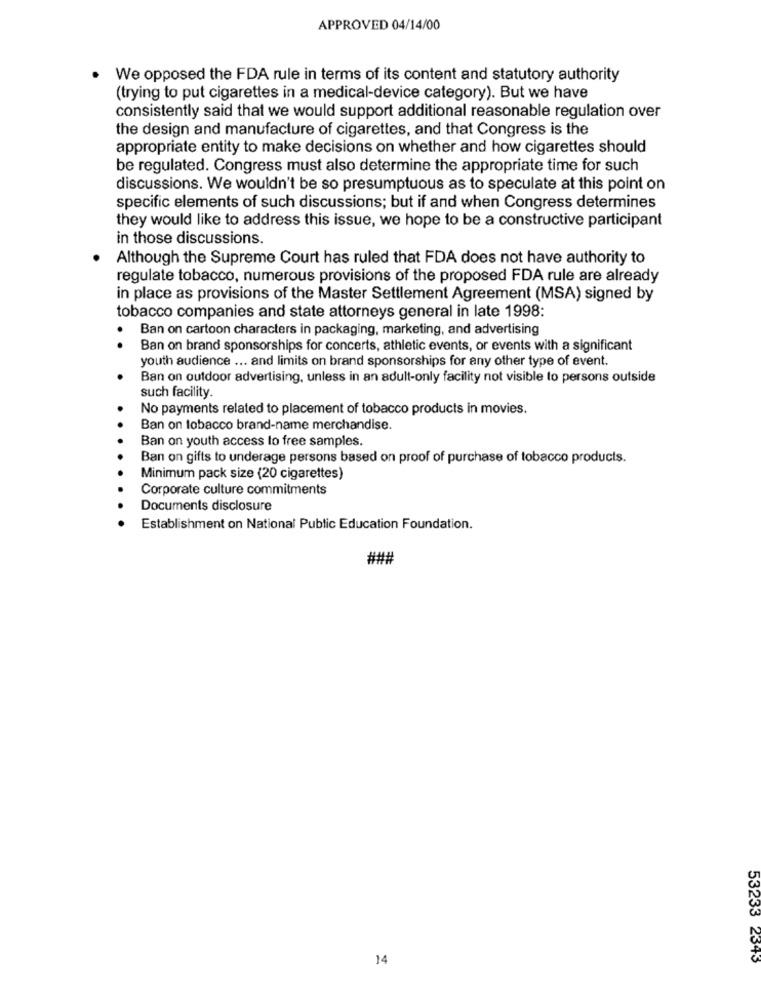
APPROVED 04/14/00
We opposed the FDA rule in terms of its content and statutory authority
(trying to put cigarettes in a medical-device category). But we have
consistently said that we would support additional reasonable regulation over
the design and manufacture of cigarettes, and that Congress is the
appropriate entity to make decisions on whether and how cigarettes should
be regulated. Congress must also determine the appropriate time for such
discussions. We wouldn't be so presumptuous as to speculate at this point on
specific elements of such discussions; but if and when Congress determines
they would like to address this issue, we hope to be a constructive participant
in those discussions.
Although the Supreme Court has ruled that FDA does not have authority to
regulate tobacco, numerous provisions of the proposed FDA rule are already
in place as provisions of the Master Settlement Agreement (MSA) signed by
tobacco companies and state attorneys general in late 1998:
Ban on cartoon characters in packaging, marketing, and advertising
.
Ban on brand sponsorships for concerts, athletic events, or events with a significant
youth audience ... and limits on brand sponsorships for any other type of event.
Ban on outdoor advertising, unless in an adult-only facility not visible to persons outside
such facility.
No payments related to placement of tobacco products in movies.
Ban on tobacco brand-name merchandise.
Ban on youth access to free samples.
Ban on gifts to underage persons based on proof of purchase of tobacco products.
Minimum pack size (20 cigarettes)
Corporate culture commitments
Documents disclosure
Establishment on National Public Education Foundation.
###
14
53233 2343